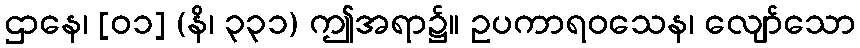
ဌာနေ၊ [၀၁] (နိ၊ ၃၃၁) ဤအရာ၌။ ဥပကာရဝသေန၊ လျော်သော